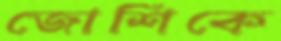
জোশিকে